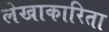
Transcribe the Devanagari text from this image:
लेखाकारिता